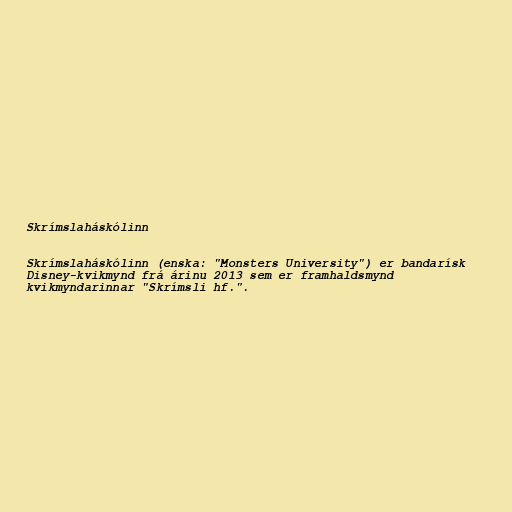
Skrímslaháskólinn

Skrímslaháskólinn (enska: "Monsters University") er bandarísk
Disney-kvikmynd frá árinu 2013 sem er framhaldsmynd
kvikmyndarinnar "Skrímsli hf.".